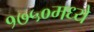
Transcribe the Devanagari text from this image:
१७५०मध्ये